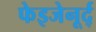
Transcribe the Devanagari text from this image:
फेइजेनूर्द्